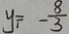
y _ { 1 } = - \frac { 8 } { 3 }